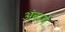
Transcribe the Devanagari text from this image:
अंबरचे